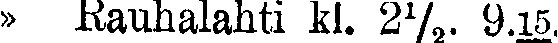
» Rauhalahti kl. 2½. 9.15.